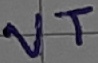
Text: VT